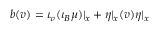
b ( v ) = \iota _ { v } ( \iota _ { B } \mu ) | _ { x } + \eta | _ { x } ( v ) \eta | _ { x }